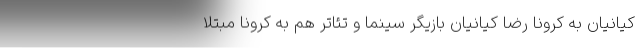
کیانیان به کرونا رضا کیانیان بازیگر سینما و تئاتر هم به کرونا مبتلا